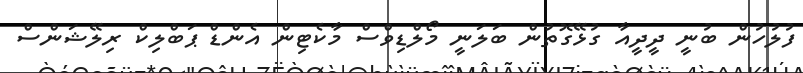
ފުލުހުން ބުނީ ދީދީއާ ގުޅޭގޮތުން ބަލަނީ މޯލްޑިވްސް މާކެޓިން އެންޑް ޕަބްލިކް ރިލޭޝަންސް